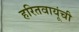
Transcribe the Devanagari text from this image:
हरितवायूंची